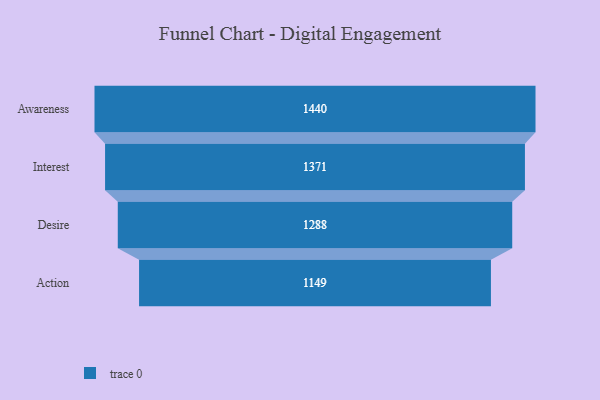
{"axis": {"x": "Stage", "y": "Value"}, "legend": [""], "data": [{"x": "Awareness", "y": 1440.0, "type": ""}, {"x": "Interest", "y": 1371.0, "type": ""}, {"x": "Desire", "y": 1288.0, "type": ""}, {"x": "Action", "y": 1149.0, "type": ""}]}